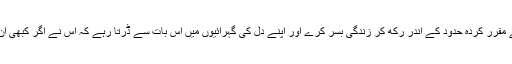
قرآن کی اصطلاح میں تقویٰ کے معنی یہ ہیں کہ انسان اپنے شب وروزکو اللہ تعالیٰ کے مقرر کردہ حدود کے اندر رکھ کر زندگی بسر کرے اور اپنے دل کی گہرائیوں میں اِس بات سے ڈرتا رہے کہ اُس نے اگر کبھی اِن حدود کو توڑا تو اِس کی پاداش سے اللہ کے سوا کوئی اُس کو بچانے والا نہیں ہو سکتا۔